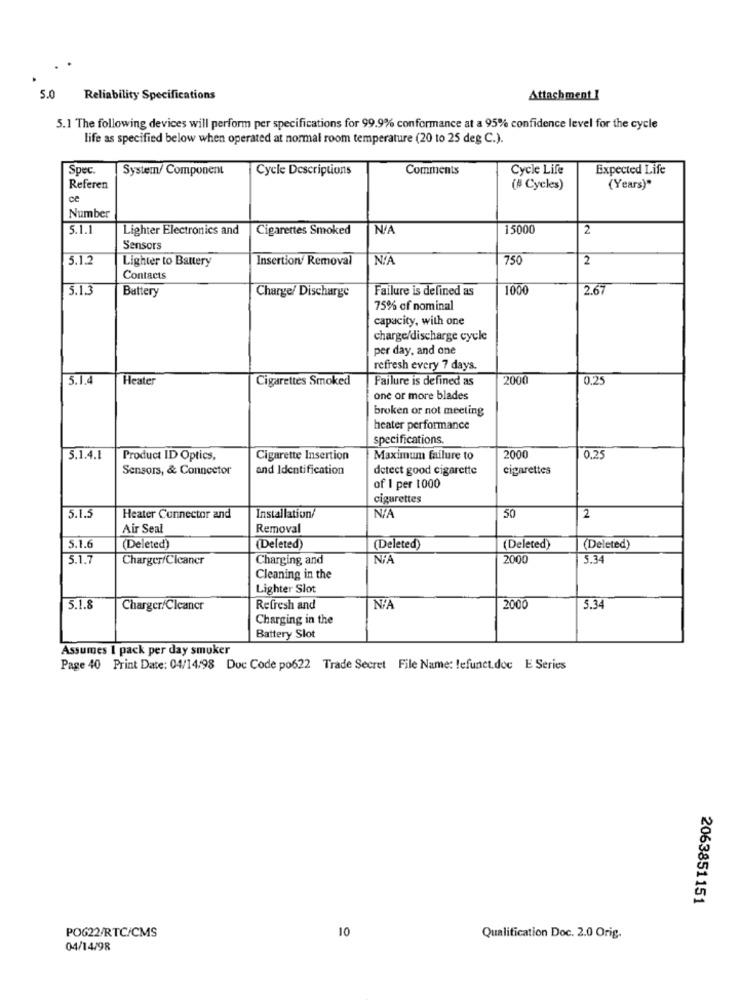
5.0
Reliability Specifications
Attachment 1
5.1 The following devices will perform per specifications for 99.9% conformance at a 95% confidence level for the cycle
life as specified below when operated at normal room temperature (20 to 25 deg C.).
Spec.
System/ Component
Cycle Descriptions
Comments
Cycle Life
Expected Life
Referen
(# Cycles)
(Years)"
ce
Number
5.1.1
Lighter Electronics and
Cigarettes Smoked
15000
2
Sensors
5.1.2
Lighter to Battery
Insertion/ Removal
750
2
Contacts
5.1.3
Battery
Charge/ Discharge
Failure is defined as
1000
2.67
75% of nominal
capacity, with one
charge/discharge cycle
per day, and one
refresh every 7 days.
5.1.4
Heater
Cigarettes Smoked
Failure is defined as
2000
0.25
one or more blades
broken or not meeting
heater performance
specifications.
5.1.4.1
Product ID Optics,
Cigarette Insertion
Maximum failure to
2000
0.2
Sensors, & Connector
and Identification
detect good cigarette
cigarettes
of I per 1000
cigarettes
5.1.5
Heater Connector and
Installation/
50
2
Air Seal
Removal
5.1.6
(Deleted)
(Deleted)
(Deleted)
(Deleted)
(Deleted)
5.1.7
Charger/Cleaner
Charging and
NIA
2000
5.34
Cleaning in the
Lighter Slot
5.1.8
Charger/Cleaner
Refresh and
2000
5.34
Charging in the
Battery Slot
Assumes I pack per day smuker
Page 40 Print Date: 04/14/98 Doc Code po622 Trade Secret File Name: lefunct.doc E Series
2063851151
PO622/RTC/CMS
10
Qualification Doc. 2.0 Orig.
04/14/98